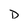
Character: D